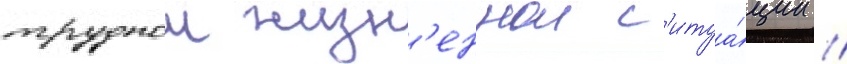
труднои жизн'еннои с'итуа́ции //